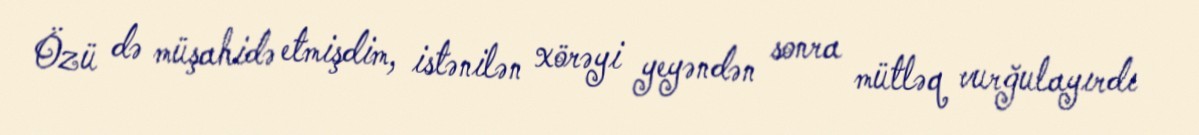
Özü də müşahidə etmişdim, istənilən xörəyi yeyəndən sonra mütləq vurğulayırdı